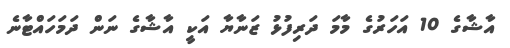
އާޝާގެ 10 އަހަރުގެ މާމަ ދަރިފުޅު ޒަނާޔާ އަކީ އާޝާގެ ނަން ދަމަހައްޓާނެ